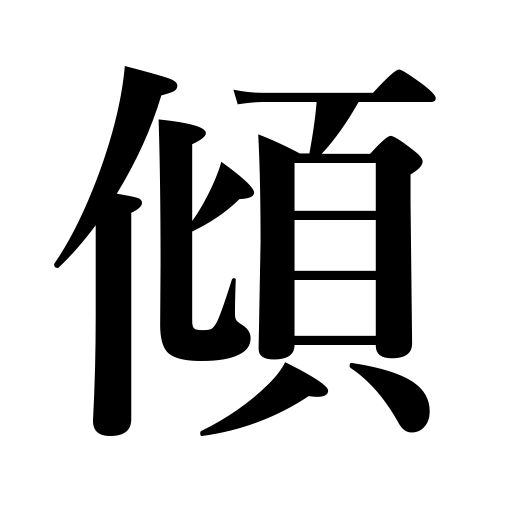
Meanings: bend,careen,go down sun,trend toward,devote to,lurch,slope,concentrate on,list,ruin,incline,wane,incline toward,heel over,be disposed to,sink,tilt,lean,be prone to,empty,decline,tip,slant,squander